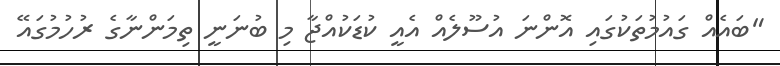
"ބައެއް ގައުމުތަކުގައި އޮންނަ އުސޫލެއް އެއީ ކުޑަކުއްޖާ މި ބުނަނީ ތިމަންނާގެ ރުހުމުގައޭ